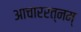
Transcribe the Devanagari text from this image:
आचाररत्नम्